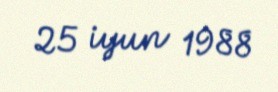
25 iyun 1988